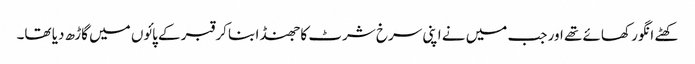
کھٹے انگور کھائے تھے اور جب میں نے اپنی سرخ شرٹ کا جھنڈا بنا کر قبر کے پائوں میں گاڑھ دیا تھا۔